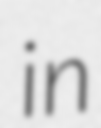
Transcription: in